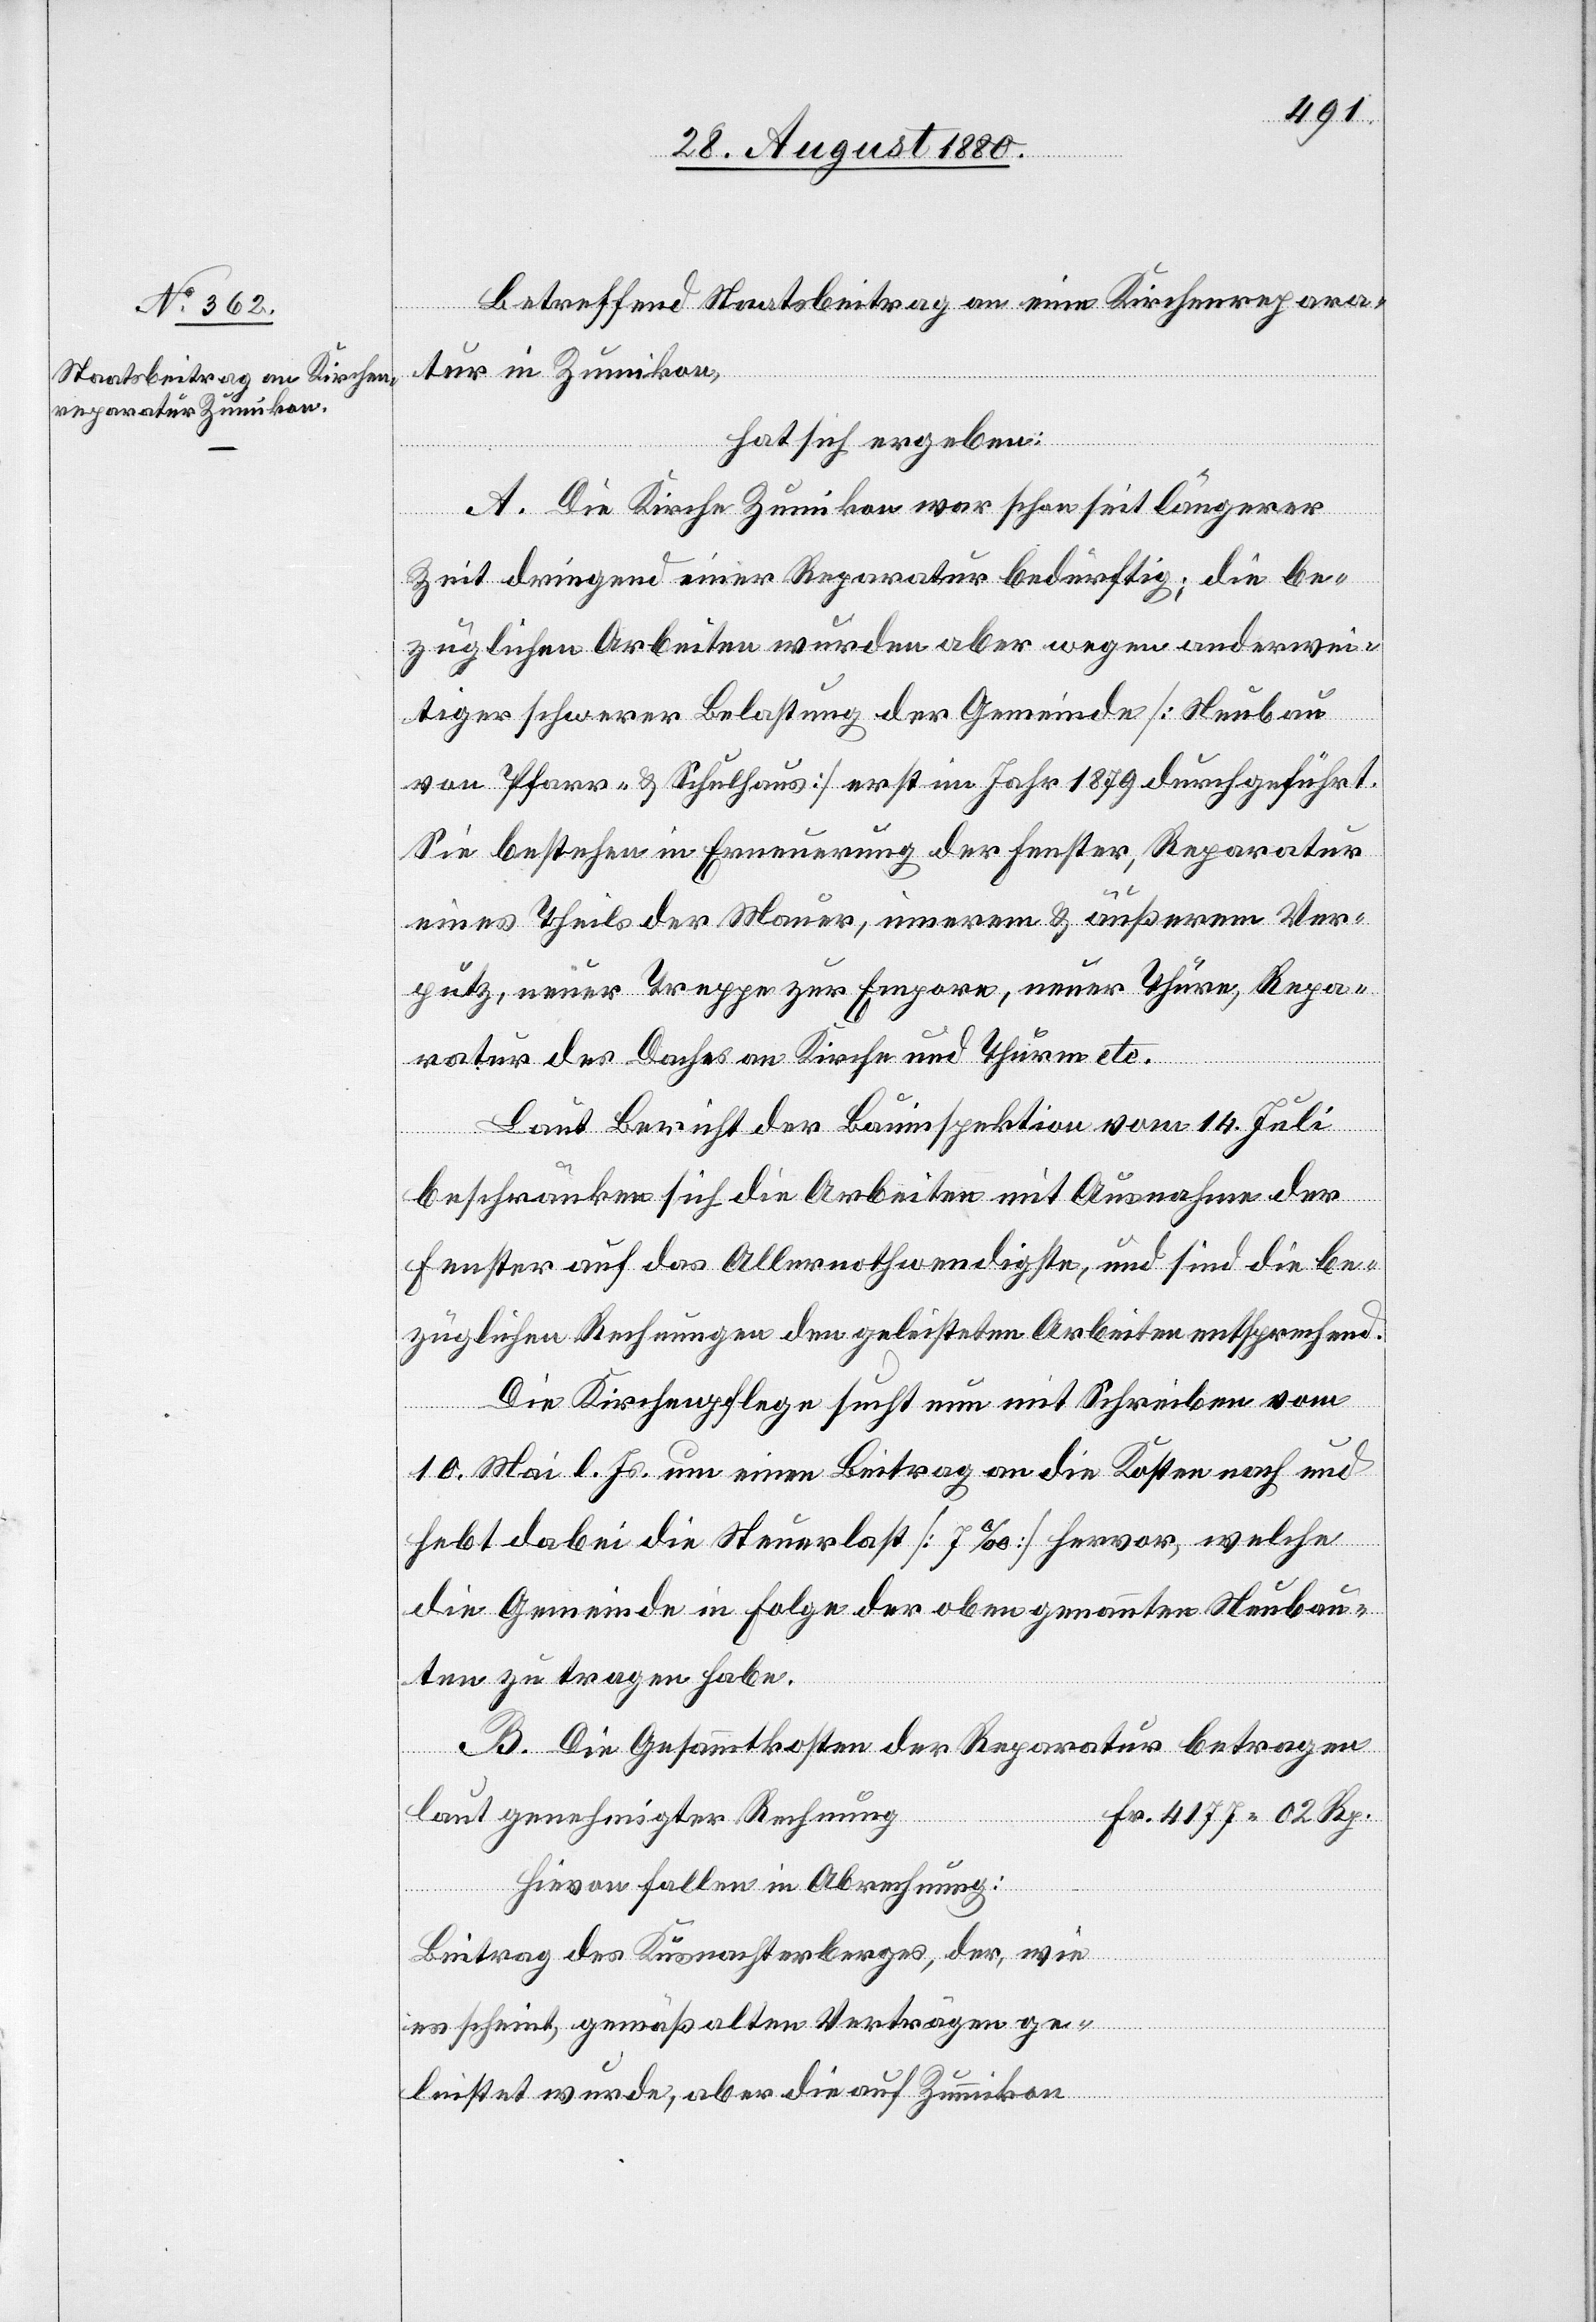
Betreffend Staatsbeitrag an eine Kirchenrepara¬
tur in Zumikon
hat sich ergeben:
A. Die Kirche Zumikon war schon seit längerer
Zeit dringend einer Reparatur bedürftig; die be¬
züglichen Arbeiten wurden aber wegen anderwei¬
tiger schwerer Belastung der Gemeinde [Neubau
von Pfarr- & Schulhaus] erst im Jahr 1879 durchgeführt.
Sie bestehen in Erneuerung der Fenster, Reparatur
eines Theils der Mauer, innerem & äußerem Ver¬
putz, neuer Treppe zur Empore, neuer Thüre, Repa¬
ratur des Daches an Kirche und Thurm etc.
Laut Bericht der Bauinspektion vom 14. Juli
beschränken sich die Arbeiten mit Ausnahme der
Fenster auf das Allernothwendigste, und sind die be¬
züglichen Rechnungen den geleisteten Arbeiten entsprechend.
Die Kirchenpflege sucht nun mit Schreiben vom
10. Mai l. Js. um einen Beitrag an die Kosten nach und
hebt dabei die Steuerlast [7 ‰] hervor, welche
die Gemeinde in Folge der obengenannten Neubau¬
ten zu tragen habe.
B. Die Gesammtkosten der Reparatur betragen
laut genehmigter Rechnung
Fr. 4177 02 Rp.
hievon fallen in Abrechnung:
Beitrag des Küsnachterberges, der, wie
es scheint, gemäß alten Verträgen ge-
leistet wurde, aber die auf Zumikon